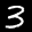
Label: 3